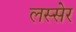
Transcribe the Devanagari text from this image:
लस्सेर